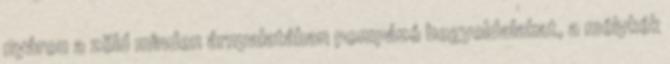
nyáron a zöld minden árnyalatában pompázó hegyoldalakat, a mélykék